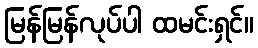
မြန်မြန်လုပ်ပါ ထမင်းရှင်။